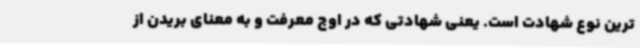
ترین نوع شهادت است. یعنی شهادتی که در اوج معرفت و به معنای بریدن از